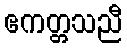
ဧကတ္တသညီ